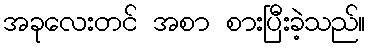
အခုလေးတင် အစာ စားပြီးခဲ့သည်။